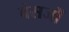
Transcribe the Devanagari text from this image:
वंसजों